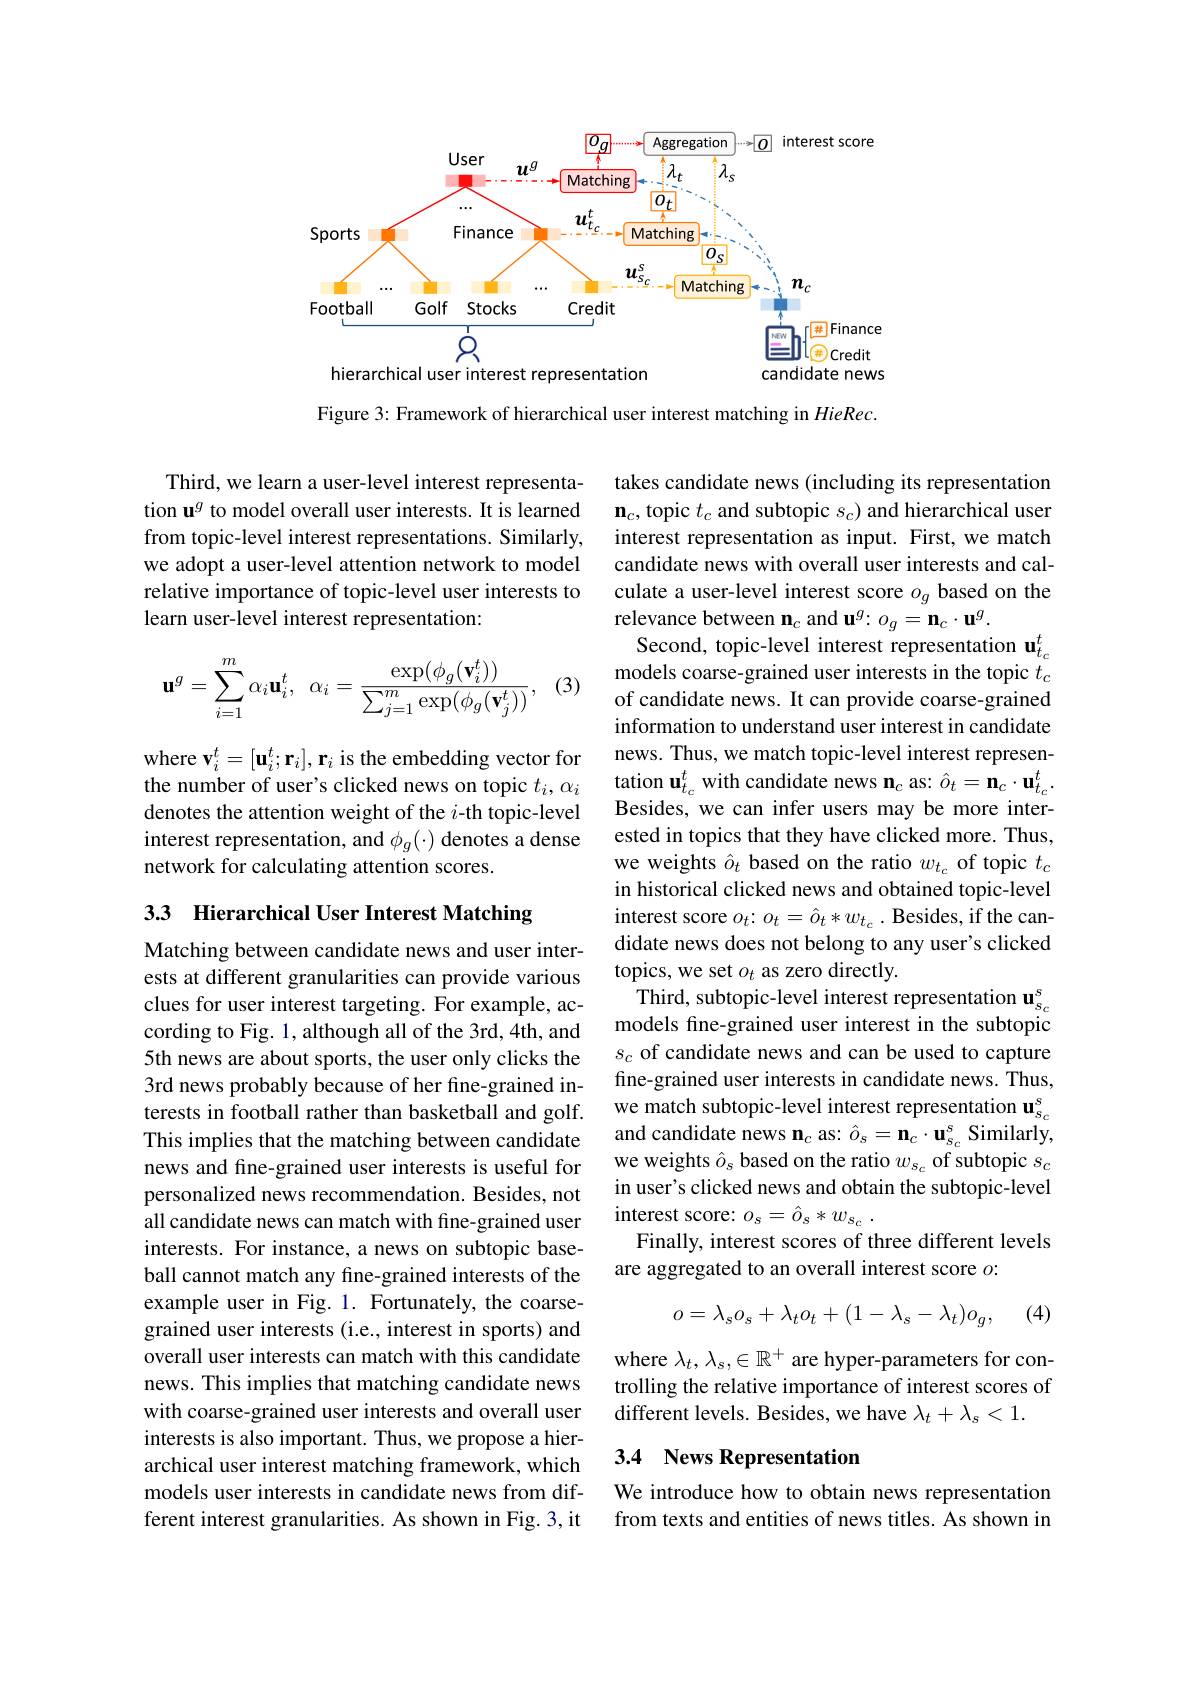
<FigureHere>

Figure 3: Framework of hierarchical user interest matching in $HieRec.$

Third, we learn a user-level interest representation u$^g$ to model overall user interests. It is learned from topic-level interest representations. Similarly, we adopt a user-level attention network to model relative importance of topic-level user interests to learn user-level interest representation:
$$\mathbf{u}^{g}=\sum_{i=1}^{m}\alpha_{i}\mathbf{u}_{i}^{t},\:\alpha_{i}=\frac{\exp(\phi_{g}(\mathbf{v}_{i}^{t}))}{\sum_{j=1}^{m}\exp(\phi_{g}(\mathbf{v}_{j}^{t}))},$$
(3)

where $\mathbf{v}_i^t=[\mathbf{u}_i^t;\mathbf{r}_i],\mathbf{r}_i$ is the embedding vector for the number of user's clicked news on topic $t_i,\alpha_i$ denotes the attention weight of the $i$-th topic-level interest representation, and $\phi_g(\cdot)$ denotes a dense network for calculating attention scores.

3.3 Hierarchical User Interest Matching

Matching between candidate news and user interests at different granularities can provide various clues for user interest targeting. For example, according to Fig. 1, although all of the 3rd, 4th, and 5th news are about sports, the user only clicks the 3rd news probably because of her fine-grained interests in football rather than basketball and golf. This implies that the matching between candidate news and fine-grained user interests is useful for personalized news recommendation. Besides, not all candidate news can match with fine-grained user interests. For instance, a news on subtopic baseball cannot match any fine-grained interests of the example user in Fig. 1. Fortunately, the coarsegrained user interests (i.e., interest in sports) and overall user interests can match with this candidate news. This implies that matching candidate news with coarse-grained user interests and overall user interests is also important. Thus, we propose a hierarchical user interest matching framework, which models user interests in candidate news from different interest granularities. As shown in Fig. 3, it

takes candidate news (including its representation $\mathbf{n}_c$, topic $t_c$ and subtopic $s_c)$ and hierarchical user interest representation as input. First, we match candidate news with overall user interests and calculate a user-level interest score $o_g$ based on the relevance between $\mathbf{n}_c$ and u$^g:o_g=\mathbf{n}_c\cdot\mathbf{u}^g.$
Second, topic-level interest representation $\mathbf{u}_{t_c}^{t}$ models coarse-grained user interests in the topic $t_c$ of candidate news. It can provide coarse-grained information to understand user interest in candidate news. Thus, we match topic-level interest representation $\mathbf{u}_{t_c}^{t}$ with candidate news $\mathbf{n}_c$ as: $\hat{o}_t=\mathbf{n}_c\cdot\mathbf{u}_{t_c}^{t}.$ Besides, we can infer users may be more interested in topics that they have clicked more. Thus, we weights $\hat{o}_t$ based on the ratio $w_t_c$ of topic $t_c$ in historical clicked news and obtained topic-level interest score $o_t{:}o_t=\hat{o}_t*w_{t_c}.$ Besides, if the candidate news does not belong to any user's clicked topics, we set $o_t$ as zero directly.
Third, subtopic-level interest representation $\mathbf{u}_{s_c}^s$ models fine-grained user interest in the subtopic $s_c$ of candidate news and can be used to capture fine-grained user interests in candidate news. Thus, we match subtopic-level interest representation $\mathbf{u}_{s_c}^{\mathrm{s}}$ and candidate news $\mathbf{n}_{c}$ as: $\hat{o}_{s}=\mathbf{n}_{c}\cdot\mathbf{u}_{s_{c}}^{s}$ Similarly, we weights $\hat{o}_s$ based on the ratio $w_s_c$ of subtopic $s_c$ in user's clicked news and obtain the subtopic-level interest score: $o_{s}= \hat{o} _{s}* w_{s_{c}}$ .
Finally, interest scores of three different levels
are aggregated to an overall interest score $o:$
$$o=\lambda_so_s+\lambda_to_t+(1-\lambda_s-\lambda_t)o_g,$$
(4)

where $\lambda_t,\lambda_s,\in\mathbb{R}^+$ are hyper-parameters for controlling the relative importance of interest scores of different levels. Besides, we have $\lambda_t+\lambda_s<1.$

## 3.4 News Representation

We introduce how to obtain news representation from texts and entities of news titles. As shown in